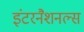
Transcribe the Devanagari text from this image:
इंटरनैशनल्स